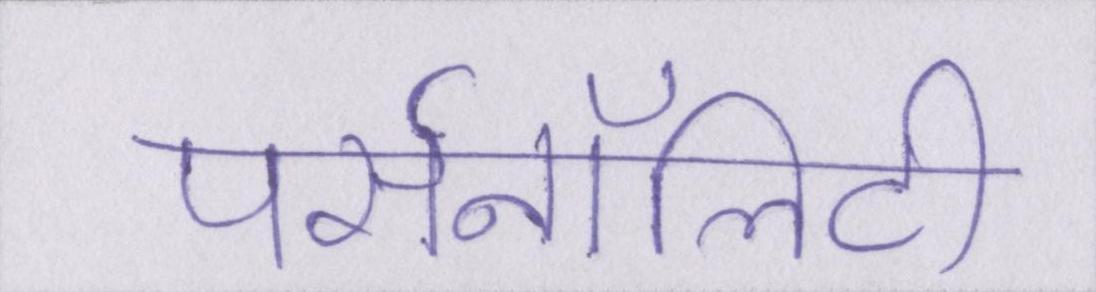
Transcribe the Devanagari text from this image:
पर्सनॉलिटी